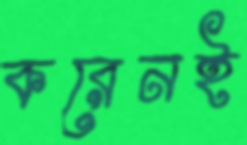
করেনই